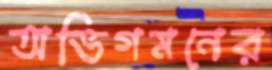
অভিগমনের